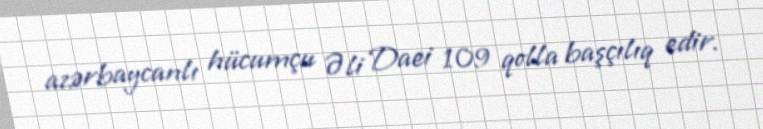
azərbaycanlı hücumçu Əli Daei 109 qolla başçılıq edir.